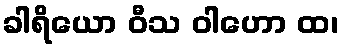
ခါရိယော ဝီသ ဝါဟော ထ၊